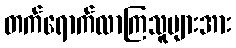
တက်ရောက်လာကြသူများအား